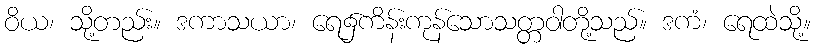
ဝိယ၊ သို့တည်း။ ဒကာသယာ၊ ရေ၌ကိန်းကုန်သောသတ္တဝါတို့သည်။ ဒကံ၊ ရေထဲသို့။